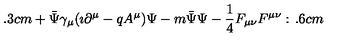
\hspace { 1 . 3 c m } + \bar { \Psi } \gamma _ { \mu } ( \imath \partial ^ { \mu } - q A ^ { \mu } ) \Psi - m \bar { \Psi } \Psi - { \frac { 1 } { 4 } } F _ { \mu \nu } F ^ { \mu \nu } : \hspace { 1 . 6 c m }